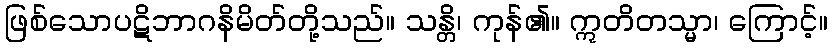
ဖြစ်သောပဋိဘာဂနိမိတ်တို့သည်။ သန္တိ၊ ကုန်၏။ ဣတိတသ္မာ၊ ကြောင့်။